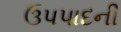
ઉપપાદની